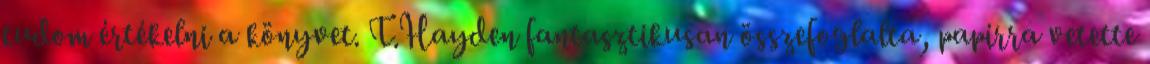
tudom értékelni a könyvet. T.Hayden fantasztikusan összefoglalta, papírra vetette